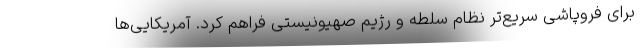
برای فروپاشی سریع‌تر نظام سلطه و رژیم صهیونیستی فراهم کرد. آمریکایی‌ها